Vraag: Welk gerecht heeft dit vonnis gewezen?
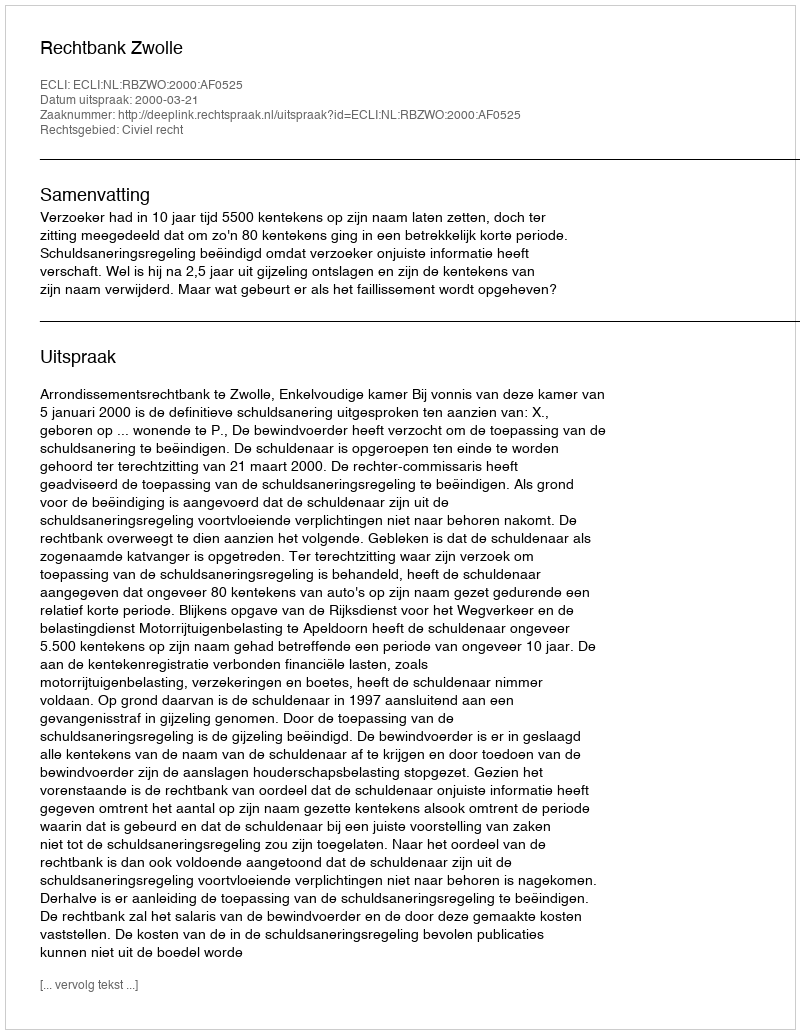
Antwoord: Rechtbank Zwolle